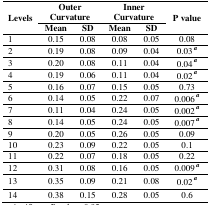
<table><thead><tr><td rowspan="2"><b>Levels</b></td><td colspan="2"><b>Outer Curvature</b></td><td colspan="2"><b>Inner Curvature</b></td><td rowspan="2"><b>P value</b></td></tr><tr><td><b>Mean</b></td><td><b>SD</b></td><td><b>Mean</b></td><td><b>SD</b></td></tr></thead><tbody><tr><td>1</td><td>0.15</td><td>0.08</td><td>0.08</td><td>0.05</td><td>0.08</td></tr><tr><td>2</td><td>0.19</td><td>0.08</td><td>0.09</td><td>0.04</td><td>0.03 a</td></tr><tr><td>3</td><td>0.20</td><td>0.08</td><td>0.11</td><td>0.04</td><td>0.04 a</td></tr><tr><td>4</td><td>0.19</td><td>0.06</td><td>0.11</td><td>0.04</td><td>0.02 a</td></tr><tr><td>5</td><td>0.16</td><td>0.07</td><td>0.15</td><td>0.05</td><td>0.73</td></tr><tr><td>6</td><td>0.14</td><td>0.05</td><td>0.22</td><td>0.07</td><td>0.006 a</td></tr><tr><td>7</td><td>0.11</td><td>0.04</td><td>0.24</td><td>0.05</td><td>0.002 a</td></tr><tr><td>8</td><td>0.14</td><td>0.05</td><td>0.24</td><td>0.05</td><td>0.007 a</td></tr><tr><td>9</td><td>0.20</td><td>0.05</td><td>0.26</td><td>0.05</td><td>0.09</td></tr><tr><td>10</td><td>0.23</td><td>0.09</td><td>0.22</td><td>0.05</td><td>0.1</td></tr><tr><td>11</td><td>0.22</td><td>0.07</td><td>0.18</td><td>0.05</td><td>0.22</td></tr><tr><td>12</td><td>0.31</td><td>0.08</td><td>0.16</td><td>0.05</td><td>0.009 a</td></tr><tr><td>13</td><td>0.35</td><td>0.09</td><td>0.21</td><td>0.08</td><td>0.02 a</td></tr><tr><td>14</td><td>0.38</td><td>0.15</td><td>0.28</td><td>0.05</td><td>0.6</td></tr></tbody></table>